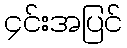
၄င်းအပြင်